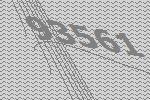
93561